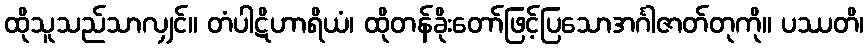
ထိုသူသည်သာလျှင်။ တံပါဋိဟာရိယံ၊ ထိုတန်ခိုးတော်ဖြင့်ပြသောအင်္ဂါဇာတ်တုကို။ ပဿတိ၊